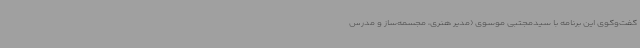
گفت‌وگوی این برنامه با سیدمجتبی موسوی (مدیر هنری، مجسمه‌ساز و مدرس